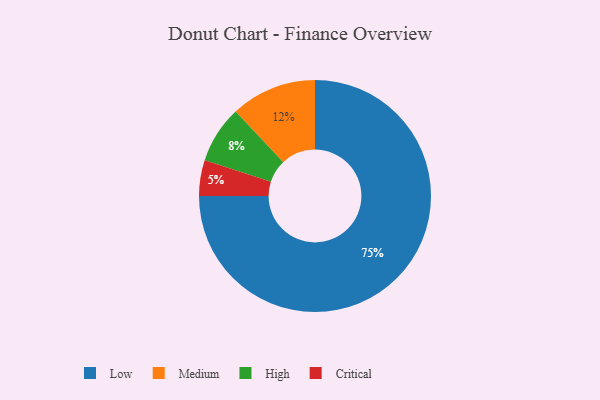
{"axis": {"x": "Category", "y": "Percentage"}, "legend": ["Critical", "High", "Low", "Medium"], "data": [{"x": "Critical", "y": 5, "type": "Critical"}, {"x": "High", "y": 8, "type": "High"}, {"x": "Low", "y": 75, "type": "Low"}, {"x": "Medium", "y": 12, "type": "Medium"}]}